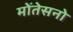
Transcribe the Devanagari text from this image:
मोंतेसनो